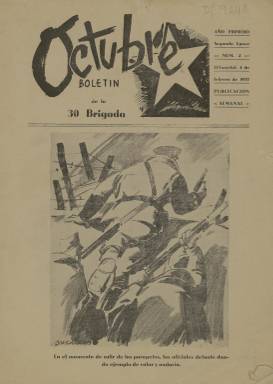
Título: Octubre (El Escorial)
Colección: Guerra civil
Ámbito geográfico: Madrid
Lugar de publicación: El Escorial [Madrid]
Fechas: 04/02/1937-31/01/1938

Este semanario era el boletín de la 30 Brigada del Ejército de la República en la Guerra Civil, unidad que estaba destinada en El Escorial para repeler el avance de las tronas nacionales por la sierra madrileña. La colección de la Biblioteca Nacional de España comienza con el número 2, de 4 de febrero de 1937, e incluye las entregas de ese año, aunque no todas, y una de enero de 1938. Se desconoce si se siguió editando después de esa fecha.

   Como otras publicaciones de la guerra, se trata de un semanario destinado a adiestrar y a mantener alta la moral de los combatientes. Su paginación raramente superó las 14 páginas, siendo ocho lo más habitual. También es corriente que cuente con una doble página central gráfica. A partir de junio de 1937 incorpora el color rojo en su cabecera y en algunos títulos de secciones.

El nombre del boletín obedece a dos efemérides revolucionarias producidas en el mes de Octubre:  la revolución rusa, que llevó a la formación de la Unión soviética, y en España la de Asturias en 1934.

    Uno de los aspectos más destacados de esta publicación es su elevado número de ilustraciones, tanto en fotografía como en dibujo, lo que la hace muy atractiva al mostrar muchas imágenes del conflicto, así como de la vida diaria de los combatientes republicanos.

En el primer número que posee la BNE hay una foto de Santiago Carrillo, entonces secretario de las Juventudes Socialistas Unificadas y más tarde secretario general del PCE. Un joven Carrillo, quien tuvo luego un papel destacado en la Transición tras la muerte de Franco, aparece fotografiado en la última página del boletín con unos compañeros durante una reunión de jóvenes en Valencia.

  En el número 33, de 4 de octubre, la portada del boletín la llena un retrato de Stalin como homenaje a la URSS. Sobre la imagen del líder comunista aparecen en rojo los símbolos soviéticos y la frase: ¡Proletarios de todos los países uníos!

  Como era habitual en las unidades militares republicanas, en la 30 Brigada había un comisario del Partido Comunista que velaba por la disciplina ideológica de las tropas y que gozaba de una autoridad como la del mando propiamente militar.

  En el último número que posee la BNE, el del 31 de enero de 1938, coincidiendo con la entrada de un nuevo comisario en la 30 Brigada, el color de la cabecera cambia de rojo a azul, y otras páginas también lucen ese nuevo color.

[Descripción publicada el 1/12/2022]